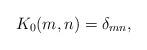
LaTeX: \begin{align*}K_0(m,n)=\delta_{mn},\end{align*}